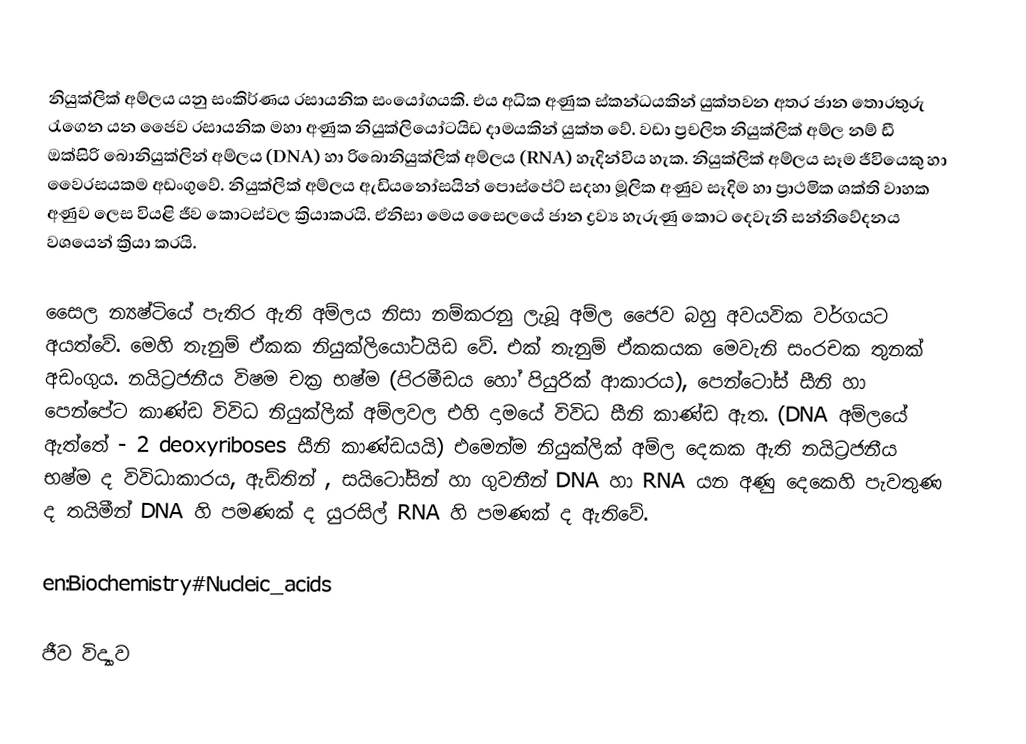
නියුක්ලික් අම්ලය යනු සංකිර්ණය රසායනික සංයෝගයකි. එය අධික අණුක ස්කන්ධයකින් යුක්තවන අතර ජාන තොරතුරු රැගෙන යන ජෛව රසායනික මහා අණුක නියුක්ලියෝටයිඩ දාමයකින් යුක්ත වේ. වඩා ප්‍රචලිත නියුක්ලික් අම්ල නම් ඩී ඔක්සිරි බොනියුක්ලින් අම්ලය (DNA) හා රිබොනියුක්ලික් අම්ලය (RNA) හැදින්විය හැක. නියුක්ලික් අම්ලය සෑම ජීවියෙකු හා වෛරසයකම අඩංගුවේ. නියුක්ලික් අම්ලය ඇඩියනෝසයින් පොස්පේට් සදහා මූලික අණුව සෑදිම හා ප්‍රාථමික ශක්ති වාහක අණුව ලෙස වියළි ජීව කොටස්වල ක්‍රියාකරයි. ඒනිසා මෙය සෛලයේ ජාන ද්‍රව්‍ය හැරුණු කොට දෙවැනි සන්නිවේදනය වශයෙන් ක්‍රියා කරයි.

සෛල න්‍යෂ්ටියේ පැතිර ඇති අම්ලය නිසා නම්කරනු ලැබූ අම්ල ජෛව බහු අවයවික වර්ගයට අයත්වේ. මෙහි තැනුම් ඒකක නියුක්ලියෝටයිඩ වේ. එක් තැනුම් ඒකකයක මෙවැනි සංරචක තුනක් අඩංගුය. නයිට්‍රජනීය විෂම චක්‍ර භෂ්ම (පිරමීඩය හෝ පියුරික් ආකාරය), පෙන්ටෝස් සීනි හා පෙන්පේට කාණ්ඩ විවිධ නියුක්ලික් අම්ලවල එහි දාමයේ විවිධ සීනි කාණ්ඩ ඇත. (DNA අම්ලයේ ඇත්තේ  - 2 deoxyriboses සීනි කාණ්ඩයයි) එමෙන්ම නියුක්ලික් අම්ල දෙකක ඇති නයිට්‍රජනීය භෂ්ම ද විවිධාකාරය, ඇඩ්තින් , සයිටෝසින්  හා ගුවනීන් DNA  හා RNA යන අණු දෙකෙහි  පැවතුණ ද තයිමීන් DNA හි පමණක් ද යුරසිල් RNA හි පමණක් ද ඇතිවේ.

en:Biochemistry#Nucleic_acids

ජීව විද්‍යාව